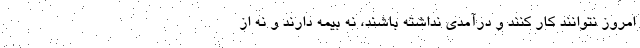
امروز نتوانند کار کنند و درآمدی نداشته باشند، نه بیمه دارند و نه از